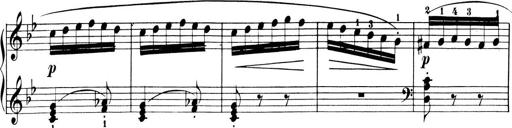
Title: 6 Piano Sonatinas
Composer: Cornelius Gurlitt